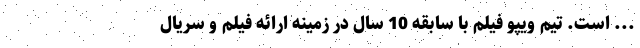
... است. تیم ویپو فیلم با سابقه 10 سال در زمینه ارائه فیلم و سریال